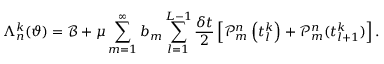
\Lambda _ { n } ^ { k } ( \vartheta ) = \mathcal { B } + \mu \sum _ { m = 1 } ^ { \infty } b _ { m } \sum _ { l = 1 } ^ { L - 1 } \frac { \delta t } { 2 } \left[ \mathcal { P } _ { m } ^ { n } \left( t _ { l } ^ { k } \right) + \mathcal { P } _ { m } ^ { n } ( t _ { l + 1 } ^ { k } ) \right] .